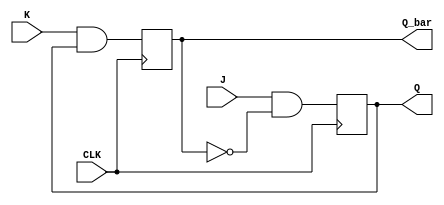
module jkff (
    input J, 
    input K, 
    input CLK, 
    output Q, 
    output Q_bar
);

   //Master Stage
   wire M_Q, M_Q_bar;
   wire S_Q, S_Q_bar;
   
   //Master Stage
   assign M_Q = J & ~Q_bar;
   assign M_Q_bar = K & Q;
   
   //Slave Stage
   assign Q = S_Q;
   assign Q_bar = S_Q_bar;
   
   //Clocking
   always @(posedge CLK)
   begin
      S_Q <= M_Q;
      S_Q_bar <= M_Q_bar;
   end
endmodule